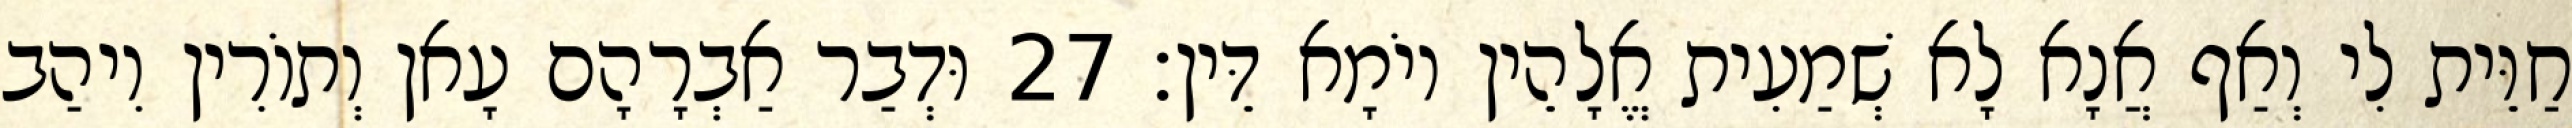
חַוֵּית לִי וְאַף אֲנָא לָא שְׁמַעִית אֱלָהֵין יוֹמָא דֵּין׃ 27 וּדְבַר אַבְרָהָם עָאן וְתוֹרִין וִיהַב